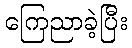
ကြေညာခဲ့ပြီး